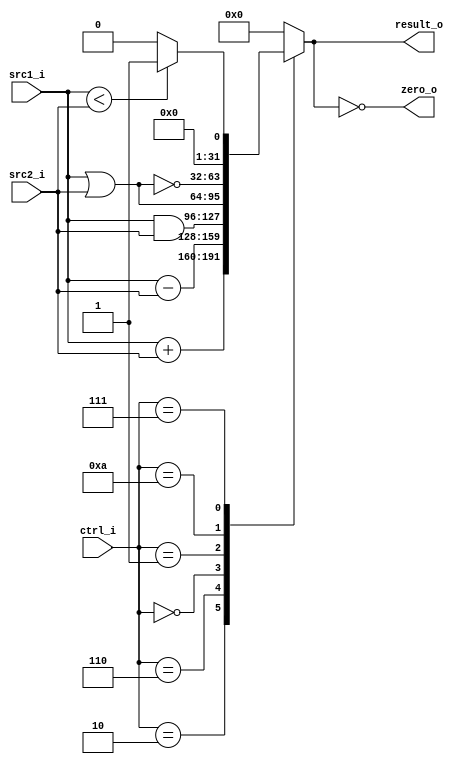
//Subject:     CO project 2 - ALU
//--------------------------------------------------------------------------------
//Version:     1
//--------------------------------------------------------------------------------
//Writer:      
//----------------------------------------------
//Date:        
//----------------------------------------------
//Description: 
//--------------------------------------------------------------------------------

module ALU(
    src1_i,
	src2_i,
	ctrl_i,
	result_o,
	zero_o
	);
     
//I/O ports
input  [32-1:0]  src1_i;
input  [32-1:0]	 src2_i;
input  [4-1:0]   ctrl_i;

output [32-1:0]	 result_o;
output           zero_o;

//Internal signals
reg    [32-1:0]  result_o;
wire             zero_o;

//Parameter
parameter EXE_ADD = 4'b0010;
parameter EXE_SUB = 4'b0110;
parameter EXE_AND = 4'b0000;
parameter EXE_OR  = 4'b0001;
parameter EXE_NOR = 4'b1010;
parameter EXE_SLT = 4'b0111;


//Main function
assign zero_o = (result_o == 0);

always @(*) begin
    case (ctrl_i)
		EXE_ADD: result_o <= src1_i + src2_i;
    	EXE_SUB: result_o <= src1_i - src2_i;
    	EXE_AND: result_o <= src1_i & src2_i;
    	EXE_OR: result_o <= src1_i | src2_i;
    	EXE_NOR: result_o <= ~(src1_i | src2_i);
    	EXE_SLT: result_o <= src1_i < src2_i ? 1 : 0;
      	default: result_o <= 0;
	endcase
end

endmodule